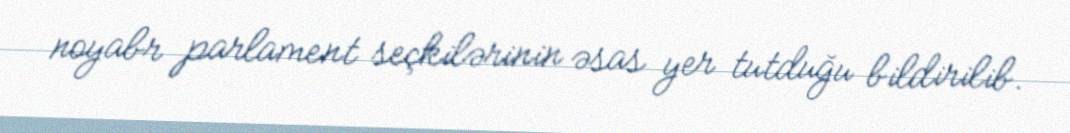
noyabr parlament seçkilərinin əsas yer tutduğu bildirilib.